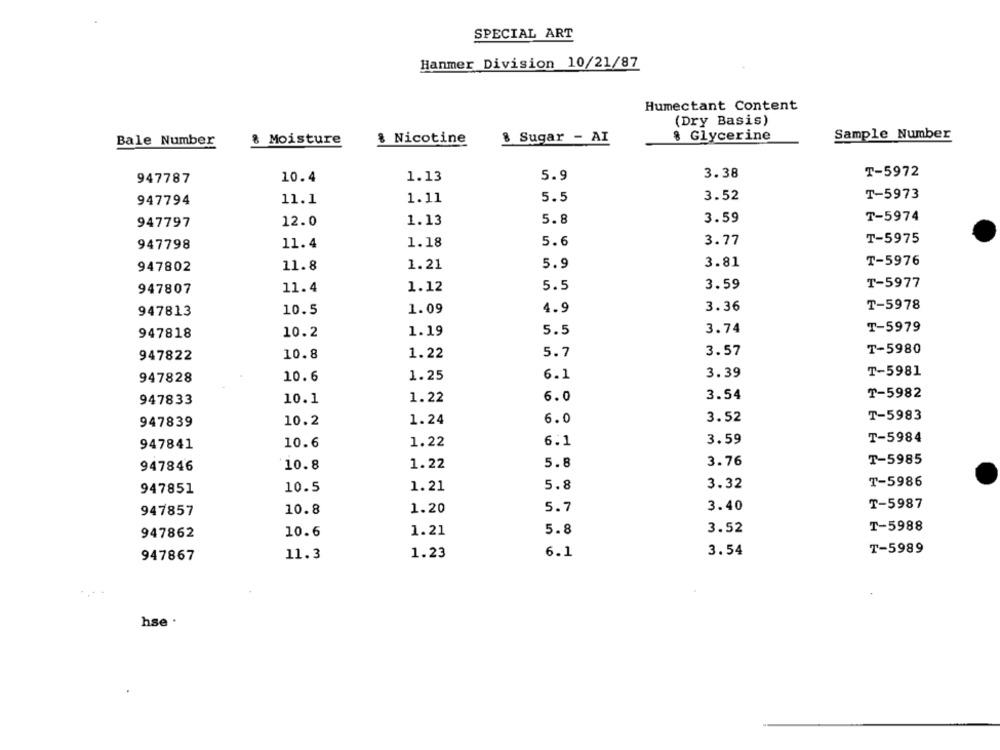
SPECIAL ART
Hanmer Division 10/21/87
Humectant Content
(Dry Basis)
Sample Number
Bale Number
8 Moisture
& Nicotine
8 Sugar - AI
8 Glycerine
T-5972
947787
10.4
1.13
5.9
3.38
T-5973
947794
11.1
1.11
5.5
3.52
T-5974
947797
12.0
1.13
5.8
3.59
3.77
T-5975
947798
11.4
1.18
5.6
3.81
T-5976
947802
11.8
1.21
5.9
5.5
3.59
T-5977
947807
11.4
1.12
3.36
T-5978
947813
10.5
1.09
4.9
5.5
3.74
T-5979
947818
10.2
1.19
5.7
3.57
T-5980
947822
10.8
1.22
6.1
3.39
T-5981
947828
10.6
1.25
6.0
3.54
T-5982
947833
10.1
1.22
1.24
6.0
3.52
T-5983
947839
10.2
1.22
6.1
3.59
T-5984
947841
10.6
10.8
1.22
5.8
3.76
T-5985
947846
1.21
5.8
3.32
T-5986
947851
10.5
947857
10.8
1.20
5.7
3.40
T-5987
10.6
1.21
5.8
3.52
T-5988
947862
11.3
1.23
6.1
3.54
T-5989
947867
hse